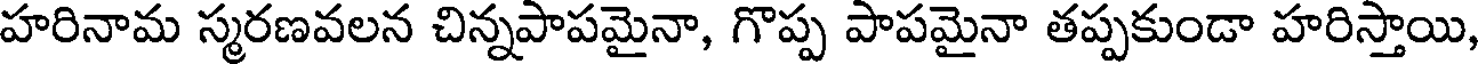
హరినామ స్మరణవలన చిన్నపాపమైనా, గొప్ప పాపమైనా తప్పకుండా హరిస్తాయి,